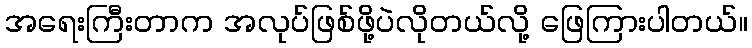
အရေးကြီးတာက အလုပ်ဖြစ်ဖို့ပဲလိုတယ်လို့ ဖြေကြားပါတယ်။